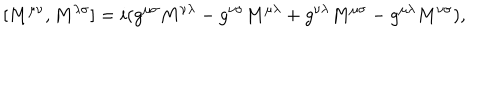
\lbrack M ^ { \mu \nu } , M ^ { \lambda \sigma } \rbrack = i ( g ^ { \mu \sigma } M ^ { \nu \lambda } - g ^ { \nu \sigma } M ^ { \mu \lambda } + g ^ { \nu \lambda } M ^ { \mu \sigma } - g ^ { \mu \lambda } M ^ { \nu \sigma } ) ,